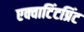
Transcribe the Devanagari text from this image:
एक्वाटिंटप्रिंट